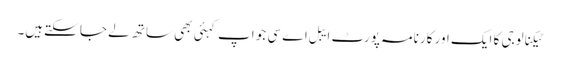
ٹیکنالوجی کا ایک اور کارنامہ پورٹ ایبل اے سی جو اپ کہئی بھی ساتھ لے جا سکتےہیں۔